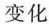
变化